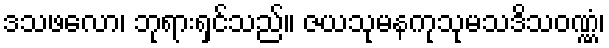
ဒသဖလော၊ ဘုရားရှင်သည်။ ဇယသုမနကုသုမသဒိသဝဏ္ဏံ၊